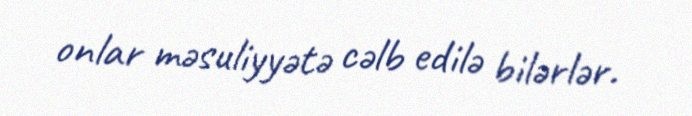
onlar məsuliyyətə cəlb edilə bilərlər.